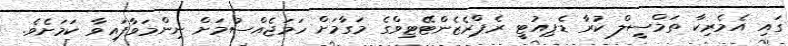
ގައި އެމެރިކާ ތަމްސީލް ކުރާ ޑެޕިއުޓީ ރެޕްރެޒެންޓޭޓިވްގެ މަގާމަށް ހަމަޖެއްސުމަށް ނިންމަވާފައިވާ ކަމަށެވެ.